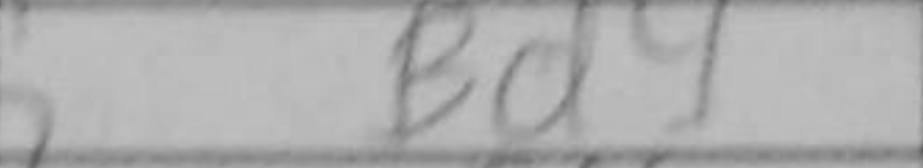
Transcription: Bd4